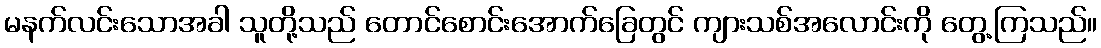
မနက်လင်းသောအခါ သူတို့သည် တောင်စောင်းအောက်ခြေတွင် ကျားသစ်အလောင်းကို တွေ့ကြသည်။